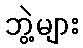
ဘွဲ့များ